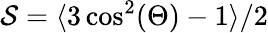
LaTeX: \mathcal{S}=\langle 3\cos^{2}(\Theta)-1\rangle/2